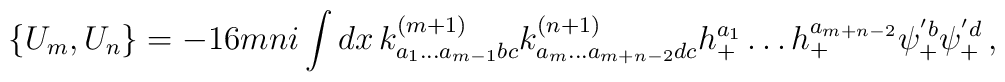
\{ U_m , U_n \} =   -16mni \int dx \, k^{(m+1)}_{a_1 \ldots a_{m-1} bc} k^{(n+1)}_{a_m \ldots    a_{m+n-2}dc} h_+^{a_1} \ldots h_+^{a_{m+n-2}} \psi_+^{'b}    \psi_+^{'d} \, ,